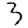
Digit: 3